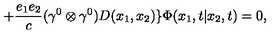
+ \frac { e _ { 1 } e _ { 2 } } { c } ( { \gamma } ^ { 0 } \otimes { \gamma } ^ { 0 } ) D ( x _ { 1 } , x _ { 2 } ) \} { \Phi } ( x _ { 1 } , t | x _ { 2 } , t ) = 0 ,